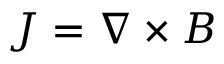
J = \nabla \times B